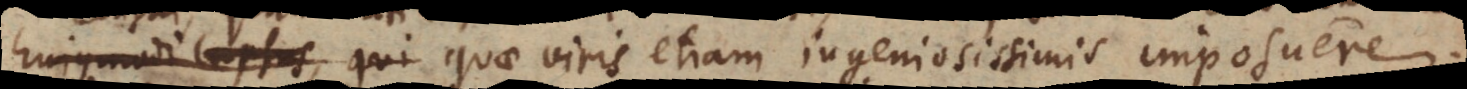
hujusmodi lapsus, qui quae viris etiam ingeniosissimis imposuere.